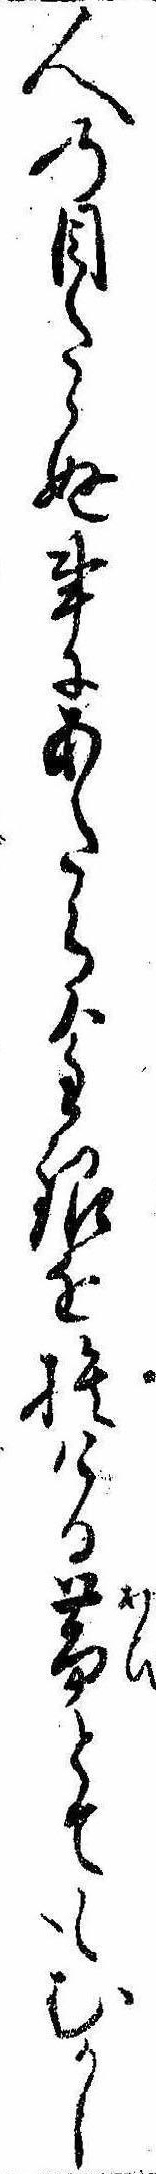
人の目たゝぬ事にあたら金銀を捨ける帯とてもむかし